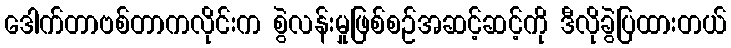
ဒေါက်တာဗစ်တာကလိုင်းက စွဲလန်းမှုဖြစ်စဉ်အဆင့်ဆင့်ကို ဒီလိုခွဲပြထားတယ်